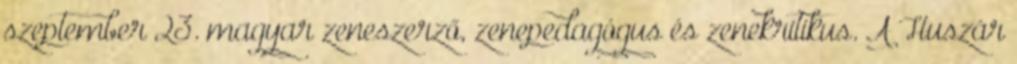
szeptember 23. magyar zeneszerző, zenepedagógus és zenekritikus. A Huszár